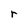
Character: r